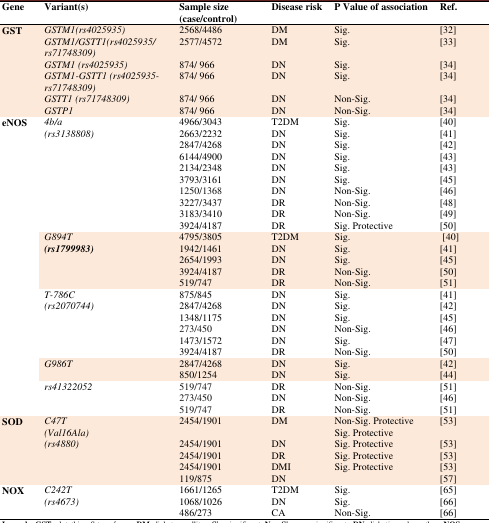
<table><thead><tr><td><b>Gene</b></td><td><b>Variant(s)</b></td><td><b>Sample size (case/control)</b></td><td><b>Disease risk</b></td><td><b>P Value of association</b></td><td><b>Ref.</b></td></tr></thead><tbody><tr><td><b>GST</b></td><td><i>GSTM1(</i><i>rs4025935)</i><i>GSTM1/GSTT1(rs4025935/</i><i>rs71748309)</i><i>GSTM1 (rs4025935)</i><i>GSTM1-GSTT1 (rs4025935-rs71748309)</i><i>GSTT1 (rs71748309)</i><i>GSTP1</i></td><td>2568/44862577/4572874/ 966874/ 966874/ 966874/ 966</td><td>DMDMDNDNDNDN</td><td>Sig.Sig.Sig.Sig.Non-Sig.Non-Sig.</td><td>[32][33][34][34][34][34]</td></tr><tr><td><b>eNOS</b></td><td><i>4b/a</i><i>(rs3138808)</i></td><td>4966/30432663/22322847/42686144/49002134/23483793/31611250/13683227/34373183/34103924/4187</td><td>T2DMDNDNDNDNDNDNDRDRDR</td><td>Sig. Sig.Sig.Sig.Sig. Sig.Non-Sig.Non-Sig.Non-Sig.Sig. Protective</td><td>[40][41][42][43][43][45][46][48][49][50]</td></tr><tr><td></td><td><i>G894T</i><b><i>(</i></b><i>rs1799983)</i></td><td>4795/38051942/14612654/19933924/4187519/747</td><td>T2DMDNDNDRDR</td><td>Sig.Sig.Sig.Non-Sig.Non-Sig.</td><td> [40][41][45][50][51]</td></tr><tr><td></td><td><i>T-786C</i><i>(rs2070744)</i></td><td>875/8452847/42681348/1175273/4501473/15723924/4187</td><td>DNDNDNDNDNDR</td><td>Sig.Sig.Sig.Non-Sig.Sig.Non-Sig.</td><td>[41][42][45][46][47][50]</td></tr><tr><td></td><td><i>G986T</i></td><td>2847/4268850/1254</td><td>DNDN</td><td>Sig.Sig.</td><td>[42][44]</td></tr><tr><td></td><td><i>rs41322052</i></td><td>519/747273/450519/747</td><td>DRDNDR</td><td>Non-Sig.Non-Sig.Non-Sig.</td><td>[51][46][51]</td></tr><tr><td><b>SOD</b></td><td><i>C47T</i><i>(Val16Ala)</i><i>(rs4880)</i></td><td>2454/19012454/19012454/19012454/1901119/875</td><td>DMDNDRDMIDN</td><td>Non-Sig. ProtectiveSig. ProtectiveSig. ProtectiveSig. ProtectiveSig. Protective</td><td>[53][53][53][53][57]</td></tr><tr><td><b>NOX</b></td><td><i>C242T</i><i>(rs4673)</i></td><td>1661/12651068/1026486/273</td><td>T2DMDNCA</td><td>Sig.Sig.Non-Sig.</td><td>[65][66][66]</td></tr></tbody></table>